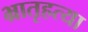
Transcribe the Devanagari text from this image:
भ्रातृहत्या